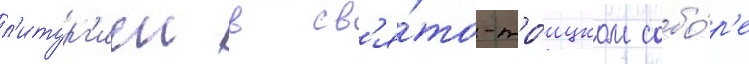
л'итург'иеи в св'я́то-тро́ицком собо́р'е